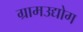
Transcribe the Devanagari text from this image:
ग्रामउद्योग